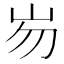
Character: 𱛎